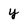
Character: y